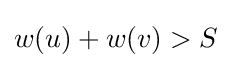
w(u)+w(v)>S